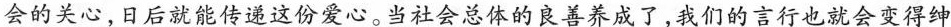
会的关心，日后就能传道这份爱心。当社会总体的良善养成了，我们的言行也就会变得绅